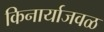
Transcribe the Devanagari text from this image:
किनार्याजवळ